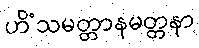
ဟိံသမတ္တာနမတ္တနာ